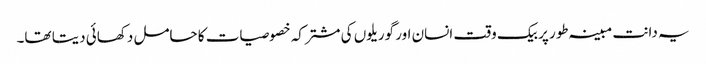
یہ دانت مبینہ طور پر بیک وقت انسان اور گوریلوں کی مشترکہ خصوصیات کا حامل دکھائی دیتا تھا۔